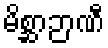
မိစ္ဆာဉာဏီ